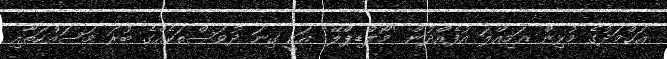
އަޙްމަދުގެ މުޅިން އަމިއްލަ އުފެއްދުން "މޯލްޑިޕްލޭ" އަކީ ގިނަ ދުވަސްތަކެއްގެ ބުރަ މަސައްކަތާއި